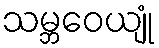
သမ္ဘဝေယျုံ